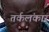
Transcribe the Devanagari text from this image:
तर्कलंकार